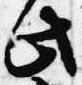
此